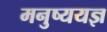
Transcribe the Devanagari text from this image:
मनुष्ययज्ञ